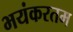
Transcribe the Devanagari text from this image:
भयंकरतम